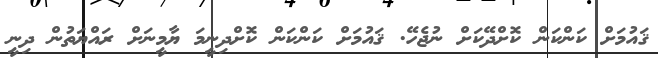
ޤައުމަށް ކަންކަން ކޮށްދޭކަށް ނުޖެހޭ. ޤައުމަށް ކަންކަން ކޮށްދިނީމަ ޔާމީނަށް ރައްޔަތުން ދިނީ